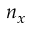
n _ { x }